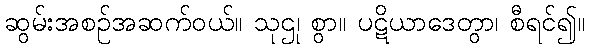
ဆွမ်းအစဉ်အဆက်ဝယ်။ သုဌု၊ စွာ။ ပဋိယာဒေတွာ၊ စီရင်၍။